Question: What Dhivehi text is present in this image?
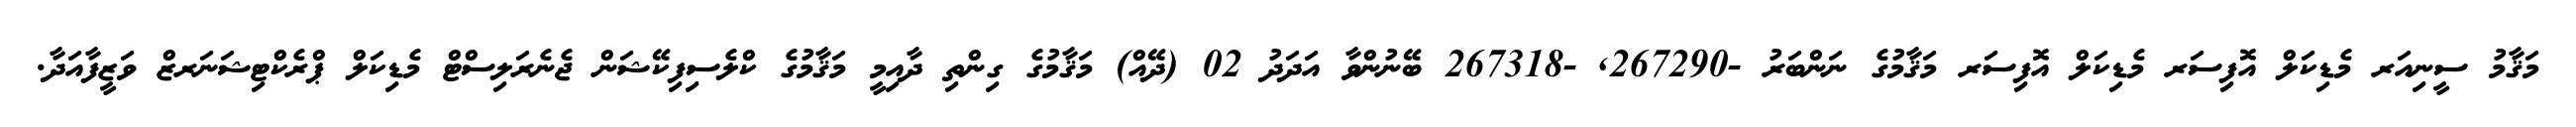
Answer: މަޤާމު ސީނިއަރ މެޑިކަލް އޮފިސަރ މެޑިކަލް އޮފިސަރ މަޤާމުގެ ނަންބަރު -267290, -267318 ބޭނުންވާ އަދަދު 02 (ދޭއް) މަޤާމުގެ ގިންތި ދާއިމީ މަޤާމުގެ ކްލެސިފިކޭޝަން ޖެނެރަލިސްޓް މެޑިކަލް ޕްރެކްޓިޝަނަރޒް ވަޒީފާއަދާ.